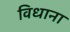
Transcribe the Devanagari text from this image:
विधाना